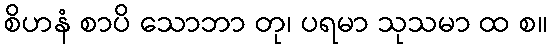
စိဟနံ စာပိ သောဘာ တု၊ ပရမာ သုသမာ ထ စ။